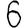
Digit: 6